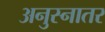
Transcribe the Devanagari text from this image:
अनुस्नातर